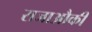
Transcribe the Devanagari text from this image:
राजाऔकी